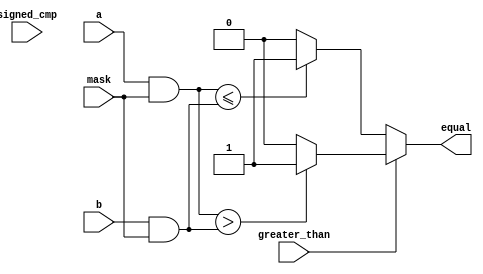
module masked_comparator (
    input [7:0] a,
    input [7:0] b,
    input [7:0] mask,
    input wire signed_cmp, // 0 for unsigned comparison, 1 for signed comparison
    input wire greater_than, // 0 for less than or equal to comparison, 1 for greater than comparison
    output reg equal
);

reg signed_a, signed_b;

always @* begin
    if (signed_cmp) begin
        signed_a = a[7];
        signed_b = b[7];
    end else begin
        signed_a = 1'b0;
        signed_b = 1'b0;
    end
end

always @* begin
    if (greater_than) begin
        equal = {(a & mask)} > {(b & mask)} ? 1 : 0;
    end else begin
        equal = {(a & mask)} <= {(b & mask)} ? 1 : 0;
    end
end

endmodule